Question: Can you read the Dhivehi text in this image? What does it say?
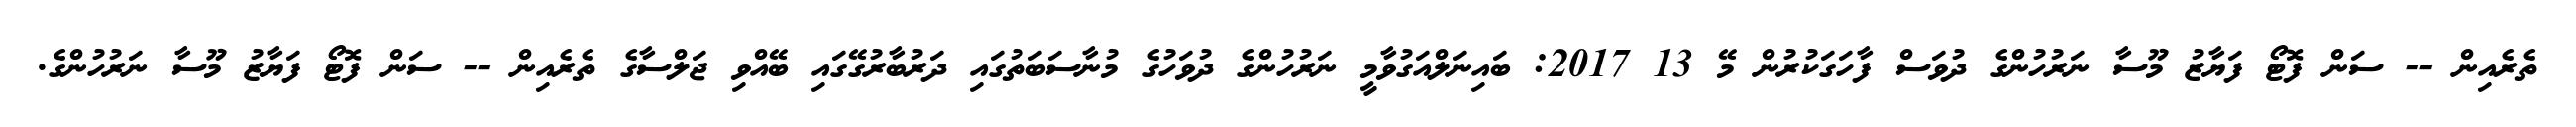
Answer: ތެރެއިން -- ސަން ފޮޓޯ ފަޔާޒު މޫސާ ނަރުހުންގެ ދުވަސް ފާހަގަކުރުން މޭ 13 2017: ބައިނަލްއަގުވާމީ ނަރުހުންގެ ދުވަހުގެ މުނާސަބަތުގައި ދަރުބާރުގޭގައި ބޭއްވި ޖަލްސާގެ ތެރެއިން -- ސަން ފޮޓޯ ފަޔާޒު މޫސާ ނަރުހުންގެ.